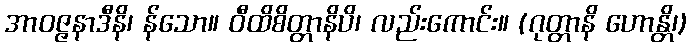
အာဝဇ္ဇနာဒီနိ၊ န်သော။ ဝီထိစိတ္တာနိပိ၊ လည်းကောင်း။ (ဂုတ္တာနိ ဟောန္တိ၊)